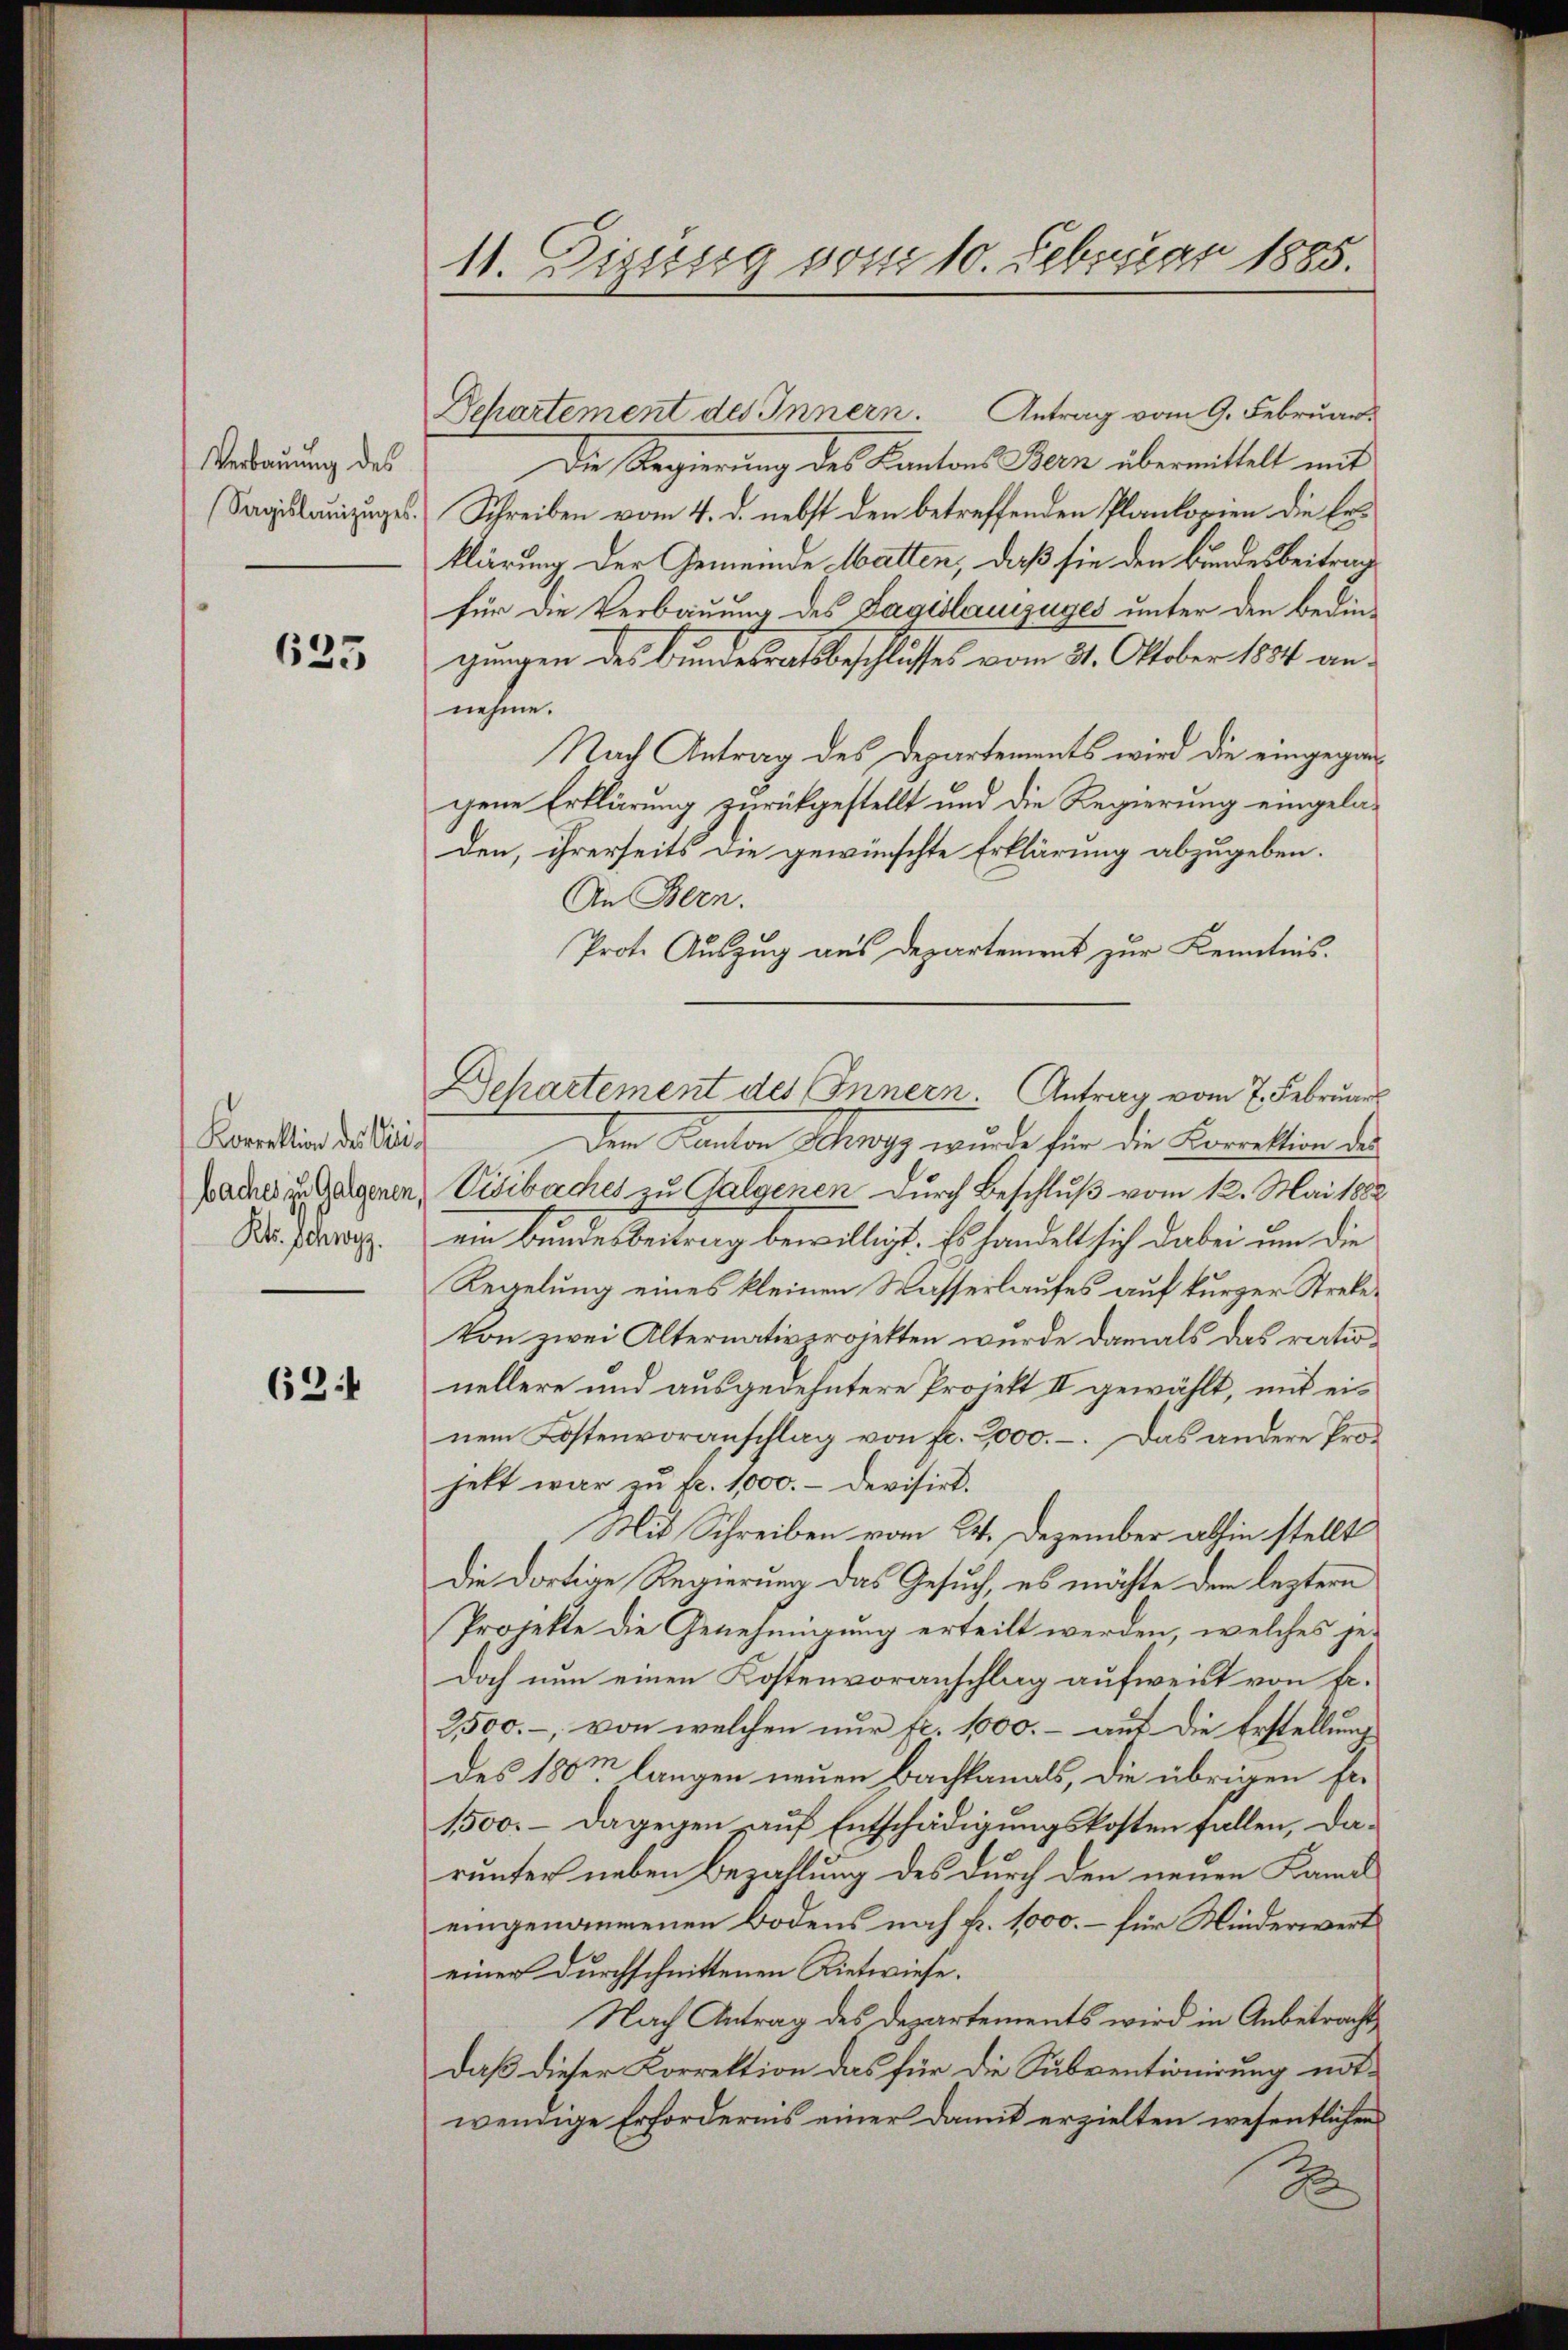
Verbauung des
Sagislanzuges.

625

Korrektion des Visibaches zu Galgenen
Kts. Schwyz.

63:

11. Dizung vom 10. Februar 1885.

Dehartement des Innern. Antrag vom 9. Februar
Die Regierung des Kantons Bern übermittelt mit
Schreiben vom 4. d. nebst den betreffenden Plankopien die Erklärung der Gemeinde Matten, daß sie den Bundesbeitrag
für die Verbauung des Sagislauszuges unter den bedingungen des Bundesrathsbeschlusses vom 31. Oktober 1884 an
nehme.
Nach Antrag des Departements wird die eingegangene Erklärung zurückgestellt und die Regierung eingeladen, ihrerseits die gewünschte Erklärung abzugeben.
An Bern.
Prot. Auszug aus Departement zur Kenntnis.
den Kanton Schny, wurde für die Korrektion des
Visibaches zu Galgenen durch Beschluß vom 12. Mai 1882
ein Bundesbeitrag bewilligt. Es handelt sich dabei um die
Regelung eines kleinen Wasserlaufes auf kurzer Streke¬
Von zwei Alternativprojekten wurde damals das rationellere und ausgedehntere Projekt II gewählt, mit einem Kostenvoranschlag von fr. 2000.-. Das andere Prohett war zu fr. 1000.- Devisirt.
Mit Schreiben vom 24. Dezember abhin stellt
Die dortige Regierung das Gesuch, es möchte dem leztern
Projekte die Genehmigung erteilt werden, welches jedoch nun einen Kostenvoranschlag aufweist von B.
2,500.-, von welchen nur fr. 1000.- auf die Erstellung
des 180m langen neuen Bachkanals, die übrigen Er¬
1500. – Dagegen auf Entschädigungskosten fallen, darunter neben Bezahlung des durch den neuen Kanal
eingenommenen Bodens noch k. 1000. – für Minderwert
einer durchschnittenen Rietwiese.
Nach Antrag des Departements wird in Anbetracht
daß dieser Korrektion das für die Subventionirung notwenige Erfordernis einer damit erzielten wesentlichen
2

Dchartement des Innern. Antrag vom 7. Februar